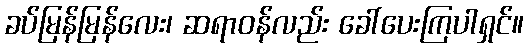
ခပ်မြန်မြန်လေး၊ ဆရာဝန်လည်း ခေါ်ပေးကြပါရှင်။